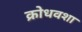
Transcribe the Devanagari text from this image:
क्रोधवशा